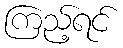
ကြည့်ရင်